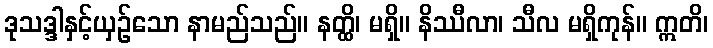
ဒုသဒ္ဒါနှင့်ယှဉ်သော နာမည်သည်။ နတ္ထိ၊ မရှိ။ နိဿီလာ၊ သီလ မရှိကုန်။ ဣတိ၊